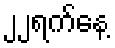
၂၂ရက်နေ့